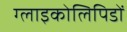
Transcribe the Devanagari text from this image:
ग्लाइकोलिपिडों